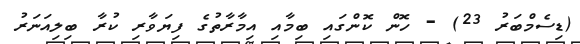
(ޑިސެމްބަރު 23) - ހޮން ކޮންގައި ބިމާއި އިމާރާތުގެ ފިޔަވާރި ކުރާ ބިލިއަނަރު